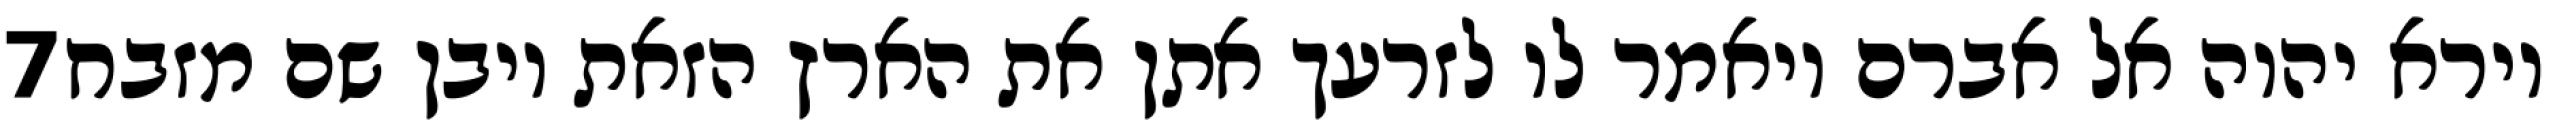
‎7‏ וירא יהוה אל אברם ויאמר לו לזרעך אתן את הארץ הזאת ויבן שם מזבח